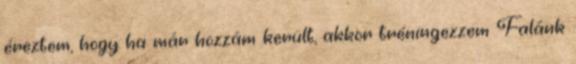
éreztem, hogy ha már hozzám került, akkor tréningezzem Falánk